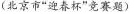
(北京市”迎春杯”竞赛题)